Sketch of the medical history of the native army of Bombay, for the year
Year: 1872
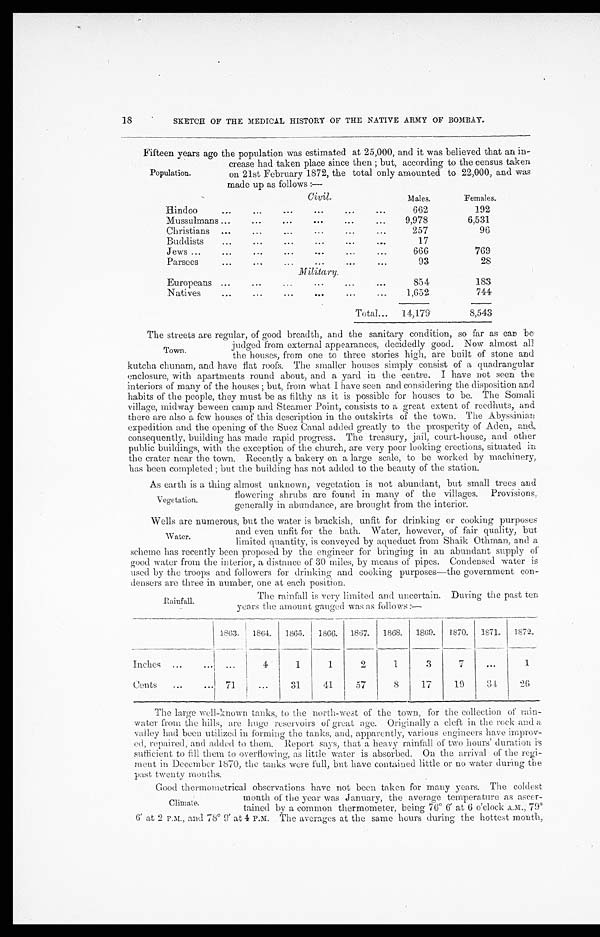
18
SKETCH OF THE MEDICAL HISTORY OF THE NATIVE ARMY OF BOMBAY.
Fifteen years ago the population was estimated at 25,000, and it was believed that an in
-
crease had taken place since then ; but, according to the census taken
on 21st February 1872, the total only amounted to 22,000, and was
made up as follows :—
C i v i l .
Males,
Females.
Hindoo
.
.
.
662
192
Mussulmans . . .
9,978
6,531
Christians . . .
257
96
Buddists . . .
17
Jews . . .
666
769
Parsecs
.
.
.
93
28
Military.
Europeans . . .
854
183
Natives . . .
1,652
744
Total . . .
14,179
8,543
The streets are regular, of good breadth, and the sanitary condition, so far as can be.
j udg
ed from external appearances, decidedly good. Now almost all
the houses, from one to three stories high, are built of stone and
kutcha chunam, and have flat roofs. The smaller houses simply consist of a quadrangular
enclosure, with apartments round about, and a yard in the centre. I have not seen the
interiors of many of the houses; but, from what I have seen and considering the disposition and
habits of the people, they must be as filthy as it is possible for houses to be. The Somali
village, midway beween camp and Steamer Point, consists to a great extent of reedhuts, and
there are also a few houses of this description in the outskirts of the town. The Abyssinian
expedition and the opening of the Suez Canal added greatly to the prosperity of Aden, and,
consequently, building has made rapid progress. The treasury, jail, court-house, and other
public buildings, with the exception of the church, are very poor looking erections, situated in
the crater near the town. Recently a bakery on a large scale, to be worked by machinery,
has been completed ; but the building has not added to the beauty of the station.
As earth is a thing almost unknown, vegetation is not abundant, but small trees and
flowering shrubs are found in many of the villages. Provisions,.
generally in abundance, are brought
many
the interior.
Wells are numerous, but the water is brackish, unfit for drinking or cooking purposes
and even unfit for the bath. Water, however, of fair quality, but
limited quantity, is conveyed by aqueduct from Shaik Othman, and a
scheme has recently been proposed by the engineer for bringing in an abundant supply of
good water from the interior, a distance of 30 miles, by means of pipes. Condensed water is
used by the troops and followers for drinking and cooking purposes—the government con-
- d e n s e r s a r e t h r e e i n n u m b e r , o n e a t e a c h p o s i t i o n .
Population.
Town.
V e g e t a t i o n .
Water.
Rainfall.
The rainfall is very limited and uncertain. During the past ten
years the amount gauged was as follows:—
1863.
1864.
1865.
1866.
1867.
1868.
1869.
1870.
1871.
1872.
Inches . . .
. . .
4
1
1
2
1
3
7
. . .
1
Cents . . .
71
. . .
3 1
41
57
8
17
1 9
3 4
26
The large well-known tanks, to the north-west of the town, for the collection of rain
-water from the hills, are huge reservoirs of great age. Originally a cleft in the rock and a
valley had been utilized in forming the tanks, and, apparently, various engineers have improv
-ed, repaired, and added to them. Report says, that a heavy rainfall of two hours' duration is
sufficient to fill them to overflowing, as little water is absorbed. On the arrival of the reg
i - m e n t i n D e c e m b e r 1 8 7 0 , t i l e t a n k s w e r e f u l l , b u t h a v e c o n t a i n e d l i t t l e o r n o w a t e r d u r i n g t h e
past twenty months.
Good thermometrical observations have not been taken for many years. The coldest
month of the year was January, the average temperature as ascer -
tained by a common thermometer, being 76º 6' at 6 o'clock A.M., 79º
6' at 2 P.M., and 78º 9' at 4 P.M. The averages at the same hours during the hottest month,
Climate.